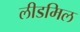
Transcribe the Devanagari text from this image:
लीडमिल